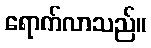
ရောက်လာသည်။